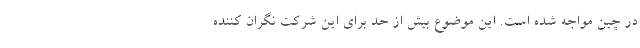
در چین مواجه شده است. این موضوع بیش از حد برای این شرکت نگران کننده